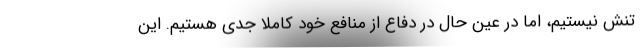
تنش نیستیم، اما در عین حال در دفاع از منافع خود کاملا جدی هستیم. این